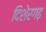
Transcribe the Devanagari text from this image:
दिशेरगढ़